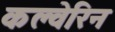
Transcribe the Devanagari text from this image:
कल्वेरिन